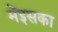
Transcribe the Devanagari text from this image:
मेंइसका